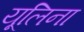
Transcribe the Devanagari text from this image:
यूलिना